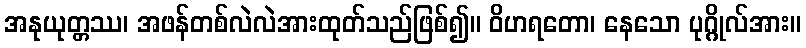
အနုယုတ္တဿ၊ အဖန်တစ်လဲလဲအားထုတ်သည်ဖြစ်၍။ ဝိဟရတော၊ နေသော ပုဂ္ဂိုလ်အား။